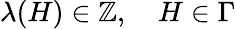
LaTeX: \lambda(H)\in\mathbb{Z},\quad H\in\Gamma